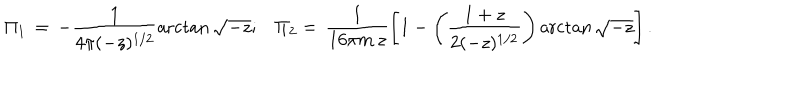
\Pi _ { 1 } \, = \, - \frac { 1 } { 4 \pi ( - z ) ^ { 1 / 2 } } \operatorname { a r c t a n } \sqrt { - z } ; \, \, \, \, \, \Pi _ { 2 } = \, \frac { 1 } { 1 6 \pi m \, z } \left[ 1 - \left( \frac { 1 + z } { 2 ( - z ) ^ { 1 / 2 } } \right) \operatorname { a r c t a n } \sqrt { - z } \right] .